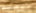
ببعيد